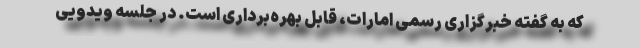
که به گفته خبرگزاری رسمی امارات، قابل بهره‌برداری است. در جلسه ویدویی